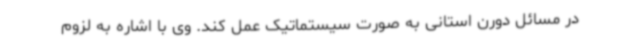
در مسائل دورن استانی به صورت سیستماتیک عمل کند. وی با اشاره به لزوم